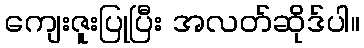
ကျေးဇူးပြုပြီး အလတ်ဆိုဒ်ပါ။